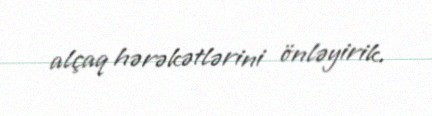
alçaq hərəkətlərini önləyirik.